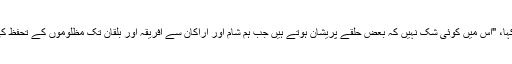
انہوں نے مزید کہا، "اس میں کوئی شک نہیں کہ بعض حلقے پریشان ہوتے ہیں جب ہم شام اور اراکان سے افریقہ اور بلقان تک مظلوموں کے تحفظ کی آواز بنتے ہیں۔